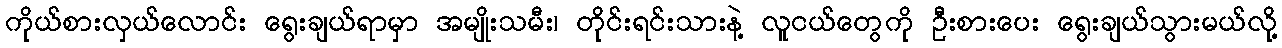
ကိုယ်စားလှယ်လောင်း ရွေးချယ်ရာမှာ အမျိုးသမီး၊ တိုင်းရင်းသားနဲ့ လူငယ်တွေကို ဦးစားပေး ရွေးချယ်သွားမယ်လို့